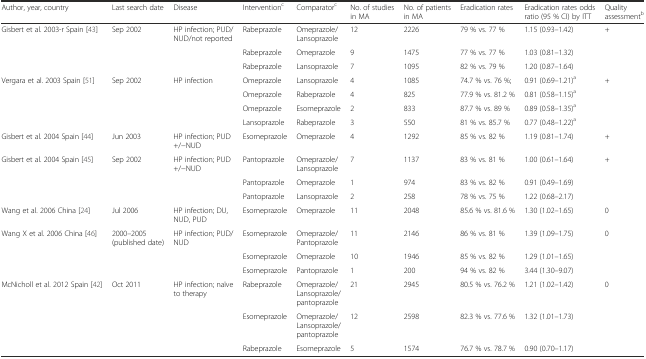
<table><thead><tr><td><b>Author, year, country</b></td><td><b>Last search date</b></td><td><b>Disease</b></td><td><b>Intervention<sup>c</sup></b></td><td><b>Comparator<sup>c</sup></b></td><td><b>No. of studies in MA</b></td><td><b>No. of patients in MA</b></td><td><b>Eradication rates</b></td><td><b>Eradication rates odds ratio (95 % CI) by ITT</b></td><td><b>Quality assessment<sup>b</sup></b></td></tr></thead><tbody><tr><td rowspan="3">Gisbert et al. 2003-r Spain [43]</td><td rowspan="3">Sep 2002</td><td rowspan="3">HP infection; PUD/NUD/not reported</td><td>Rabeprazole</td><td>Omeprazole/Lansoprazole</td><td>12</td><td>2226</td><td>79 % vs. 77 %</td><td>1.15 (0.93–1.42)</td><td rowspan="3">+</td></tr><tr><td>Rabeprazole</td><td>Omeprazole</td><td>9</td><td>1475</td><td>77 % vs. 77 %</td><td>1.03 (0.81–1.32)</td></tr><tr><td>Rabeprazole</td><td>Lansoprazole</td><td>7</td><td>1095</td><td>82 % vs. 79 %</td><td>1.20 (0.87–1.64)</td></tr><tr><td rowspan="4">Vergara et al. 2003 Spain [51]</td><td rowspan="4">Sep 2002</td><td rowspan="4">HP infection</td><td>Omeprazole</td><td>Lansoprazole</td><td>4</td><td>1085</td><td>74.7 % vs. 76 %;</td><td>0.91 (0.69–1.21)<sup>a</sup></td><td rowspan="4">+</td></tr><tr><td>Omeprazole</td><td>Rabeprazole</td><td>4</td><td>825</td><td>77.9 % vs. 81.2 %</td><td>0.81 (0.58–1.15)<sup>a</sup></td></tr><tr><td>Omeprazole</td><td>Esomeprazole</td><td>2</td><td>833</td><td>87.7 % vs. 89 %</td><td>0.89 (0.58–1.35)<sup>a</sup></td></tr><tr><td>Lansoprazole</td><td>Rabeprazole</td><td>3</td><td>550</td><td>81 % vs. 85.7 %</td><td>0.77 (0.48–1.22)<sup>a</sup></td></tr><tr><td>Gisbert et al. 2004 Spain [44]</td><td>Jun 2003</td><td>HP infection; PUD +/−NUD</td><td>Esomeprazole</td><td>Omeprazole</td><td>4</td><td>1292</td><td>85 % vs. 82 %</td><td>1.19 (0.81–1.74)</td><td>+</td></tr><tr><td rowspan="3">Gisbert et al. 2004 Spain [45]</td><td rowspan="3">Sep 2002</td><td rowspan="3">HP infection; PUD +/−NUD</td><td>Pantoprazole</td><td>Omeprazole/Lansoprazole</td><td>7</td><td>1137</td><td>83 % vs. 81 %</td><td>1.00 (0.61–1.64)</td><td rowspan="3">+</td></tr><tr><td>Pantoprazole</td><td>Omeprazole</td><td>1</td><td>974</td><td>83 % vs. 82 %</td><td>0.91 (0.49–1.69)</td></tr><tr><td>Pantoprazole</td><td>Lansoprazole</td><td>2</td><td>258</td><td>78 % vs. 75 %</td><td>1.22 (0.68–2.17)</td></tr><tr><td>Wang et al. 2006 China [24]</td><td>Jul 2006</td><td>HP infection; DU, NUD, PUD</td><td>Esomeprazole</td><td>Omeprazole</td><td>11</td><td>2048</td><td>85.6 % vs. 81.6 %</td><td>1.30 (1.02–1.65)</td><td>0</td></tr><tr><td rowspan="3">Wang X et al. 2006 China [46]</td><td rowspan="3">2000–2005 (published date)</td><td rowspan="3">HP infection; PUD/NUD</td><td>Esomeprazole</td><td>Omeprazole/Pantoprazole</td><td>11</td><td>2146</td><td>86 % vs. 81 %</td><td>1.39 (1.09–1.75)</td><td rowspan="3">0</td></tr><tr><td>Esomeprazole</td><td>Omeprazole</td><td>10</td><td>1946</td><td>85 % vs. 82 %</td><td>1.29 (1.01–1.65)</td></tr><tr><td>Esomeprazole</td><td>Pantoprazole</td><td>1</td><td>200</td><td>94 % vs. 82 %</td><td>3.44 (1.30–9.07)</td></tr><tr><td rowspan="3">McNicholl et al. 2012 Spain [42]</td><td rowspan="3">Oct 2011</td><td rowspan="3">HP infection; naïve to therapy</td><td>Rabeprazole</td><td>Omeprazole/Lansoprazole/pantoprazole</td><td>21</td><td>2945</td><td>80.5 % vs. 76.2 %</td><td>1.21 (1.02–1.42)</td><td rowspan="3">0</td></tr><tr><td>Esomeprazole</td><td>Omeprazole/Lansoprazole/pantoprazole</td><td>12</td><td>2598</td><td>82.3 % vs. 77.6 %</td><td>1.32 (1.01–1.73)</td></tr><tr><td>Rabeprazole</td><td>Esomeprazole</td><td>5</td><td>1574</td><td>76.7 % vs. 78.7 %</td><td>0.90 (0.70–1.17)</td></tr></tbody></table>